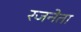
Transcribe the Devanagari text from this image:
रजनेता